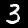
Label: 3